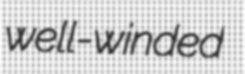
well-winded